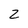
Character: 2